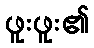
ဖူးဖူး၏